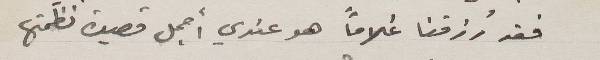
فقد رُزقنا غُلاماً هو عندي أجمل قصيدة نظمتها